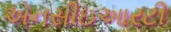
એનસીઇઆરટી